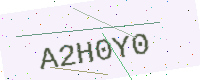
Text: A2H0Y0